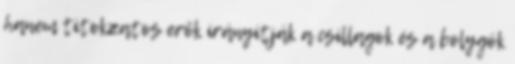
hanem titokzatos erők irányítják a csillagok és a bolygók